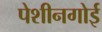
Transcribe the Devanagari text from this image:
पेशीनगोई